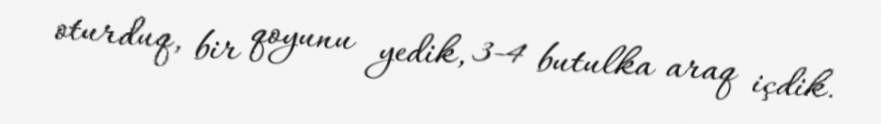
oturduq, bir qoyunu yedik, 3-4 butulka araq içdik.